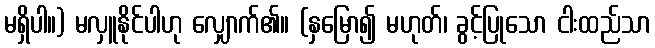
မရှိပါ။) မလှူနိုင်ပါဟု လျှောက်၏။ (နှမြော၍ မဟုတ်၊ ခွင့်ပြုသော ငါးထည်သာ